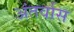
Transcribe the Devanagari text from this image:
अंतर्वास